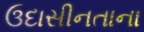
ઉદાસીનતાના